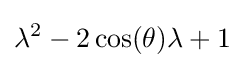
\lambda ^{2}-2\cos(\theta )\lambda +1